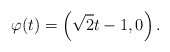
\begin{align*}\varphi(t) = \left( \sqrt 2 t -1, 0 \right).\end{align*}